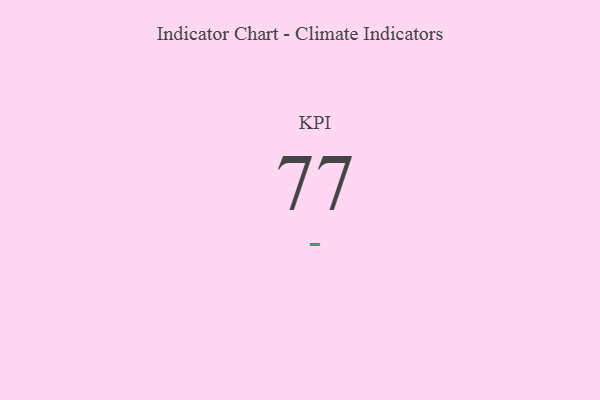
{"axis": {"x": "KPI", "y": "Value"}, "legend": [""], "data": [{"x": "KPI", "y": 77, "type": ""}]}